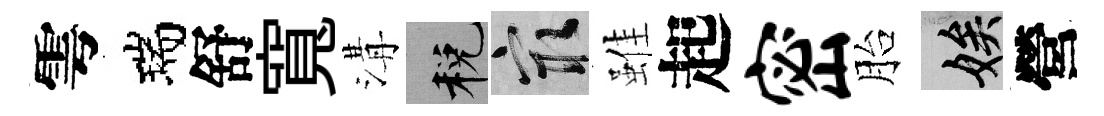
雩瑞舒寬溝税冣雖起密胎娭營